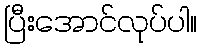
ပြီးအောင်လုပ်ပါ။